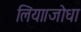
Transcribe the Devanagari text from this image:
लिया।जोधा